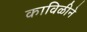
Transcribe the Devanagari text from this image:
काविळीने